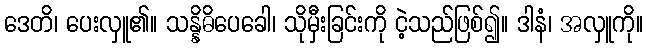
ဒေတိ၊ ပေးလှူ၏။ သန္နိဓိပေခေါ၊ သိုမှီးခြင်းကို ငဲ့သည်ဖြစ်၍။ ဒါနံ၊ အလှူကို။